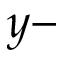
y -